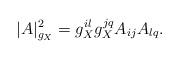
LaTeX: \begin{align*}|A|^2_{g_X}=g_X^{il}g_X^{jq}A_{ij}A_{lq}.\end{align*}